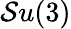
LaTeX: \mathcal{S}u(3)